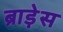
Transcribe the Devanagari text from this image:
ब्राड़ेस